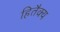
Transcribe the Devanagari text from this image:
हितैक्य